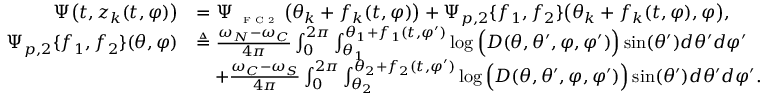
\begin{array} { r l } { \Psi \big ( t , z _ { k } ( t , \varphi ) \big ) } & { = \Psi _ { \textnormal { \tiny { F C 2 } } } \big ( \theta _ { k } + f _ { k } ( t , \varphi ) \big ) + \Psi _ { p , 2 } \{ f _ { 1 } , f _ { 2 } \} \big ( \theta _ { k } + f _ { k } ( t , \varphi ) , \varphi \big ) , } \\ { \Psi _ { p , 2 } \{ f _ { 1 } , f _ { 2 } \} ( \theta , \varphi ) } & { \triangleq \frac { \omega _ { N } - \omega _ { C } } { 4 \pi } \int _ { 0 } ^ { 2 \pi } \int _ { \theta _ { 1 } } ^ { \theta _ { 1 } + f _ { 1 } ( t , \varphi ^ { \prime } ) } \log \Big ( D ( \theta , \theta ^ { \prime } , \varphi , \varphi ^ { \prime } ) \Big ) \sin ( \theta ^ { \prime } ) d \theta ^ { \prime } d \varphi ^ { \prime } } \\ & { \quad + \frac { \omega _ { C } - \omega _ { S } } { 4 \pi } \int _ { 0 } ^ { 2 \pi } \int _ { \theta _ { 2 } } ^ { \theta _ { 2 } + f _ { 2 } ( t , \varphi ^ { \prime } ) } \log \Big ( D ( \theta , \theta ^ { \prime } , \varphi , \varphi ^ { \prime } ) \Big ) \sin ( \theta ^ { \prime } ) d \theta ^ { \prime } d \varphi ^ { \prime } . } \end{array}